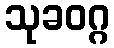
သုခဝဂ္ဂ